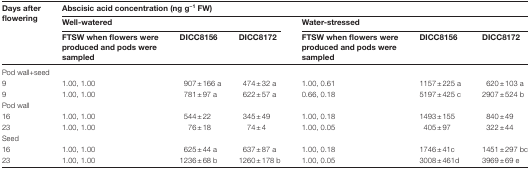
<table><thead><tr><td rowspan="3"><b>Days after flowering</b></td><td colspan="6"><b>Abscisic acid concentration (ng g<sup>−1</sup> FW)</b></td></tr><tr><td colspan="3"><b>Well-watered</b></td><td colspan="3"><b>Water-stressed</b></td></tr><tr><td><b>FTSW when flowers were produced and pods were sampled</b></td><td><b>DICC8156</b></td><td><b>DICC8172</b></td><td><b>FTSW when flowers were produced and pods were sampled</b></td><td><b>DICC8156</b></td><td><b>DICC8172</b></td></tr></thead><tbody><tr><td colspan="7">Pod wall+seed</td></tr><tr><td>9</td><td>1.00, 1.00</td><td>907±166 a</td><td>474±32 a</td><td>1.00, 0.61</td><td>1157±225 a</td><td>620±103 a</td></tr><tr><td>9</td><td>1.00, 1.00</td><td>781±97 a</td><td>622±57 a</td><td>0.66, 0.18</td><td>5197±425 c</td><td>2907±524 b</td></tr><tr><td colspan="7">Pod wall</td></tr><tr><td>16</td><td>1.00, 1.00</td><td>544±22</td><td>345±49</td><td>1.00, 0.18</td><td>1493±155</td><td>840±49</td></tr><tr><td>23</td><td>1.00, 1.00</td><td>76±18</td><td>74±4</td><td>1.00, 0.05</td><td>405±97</td><td>322±44</td></tr><tr><td colspan="7">Seed</td></tr><tr><td>16</td><td>1.00, 1.00</td><td>625±44 a</td><td>637±87 a</td><td>1.00, 0.18</td><td>1746±41c</td><td>1451±297 bc</td></tr><tr><td>23</td><td>1.00, 1.00</td><td>1236±68 b</td><td>1260±178 b</td><td>1.00, 0.05</td><td>3008±461d</td><td>3969±69 e</td></tr></tbody></table>